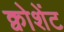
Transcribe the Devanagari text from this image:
क्वोशेंट